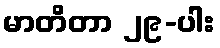
မာတိတာ ၂၉-ပါး